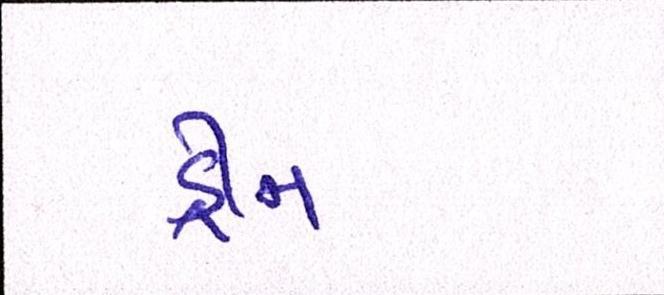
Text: ડ્રીમ